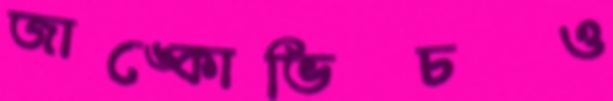
জাঙ্কোভিচও